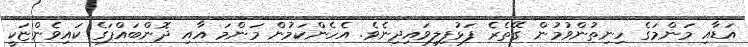
އަޑާއި މަންމަގެ ހިނިތުންވުމުން ގޭތެރެ ފަޅުފިލިވައިދިނެވެ. އެހެންކަމުން މަންމަ އާއި ދޮންބައްޕަގެ ކައިވެންޏަކީ